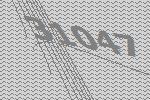
31047